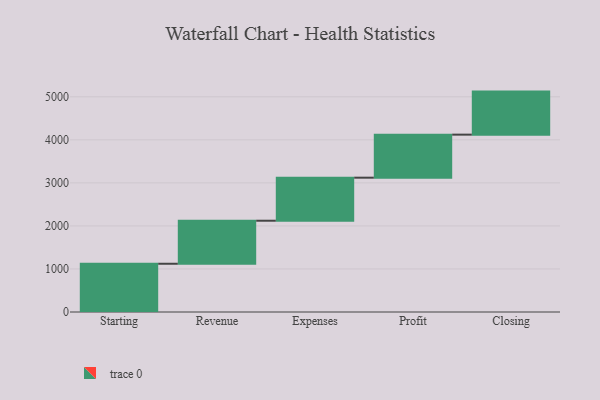
{"axis": {"x": "Step", "y": "Value"}, "legend": [""], "data": [{"x": "Starting", "y": 1121.0, "type": ""}, {"x": "Revenue", "y": 1000, "type": ""}, {"x": "Expenses", "y": 1000, "type": ""}, {"x": "Profit", "y": 1000, "type": ""}, {"x": "Closing", "y": 1000, "type": ""}]}